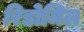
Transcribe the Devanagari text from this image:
रिडोमिल